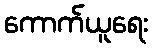
ကောက်ယူရေး